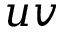
u v